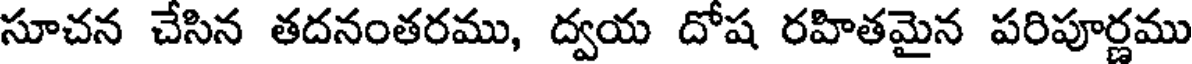
సూచన చేసిన తదనంతరము, ద్వయ దోష రహితమైన పరిపూర్ణము